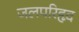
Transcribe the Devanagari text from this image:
जलपरिहृद